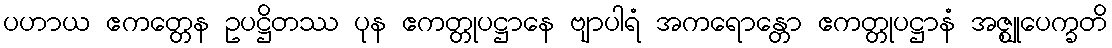
ပဟာယ ဧကတ္တေန ဥပဋ္ဌိတဿ ပုန ဧကတ္တုပဋ္ဌာနေ ဗျာပါရံ အကရောန္တော ဧကတ္တုပဋ္ဌာနံ အဇ္ဈုပေက္ခတိ